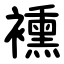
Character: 䙧